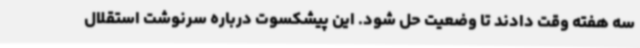
سه هفته وقت دادند تا وضعیت حل شود. این پیشکسوت درباره سرنوشت استقلال